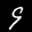
Label: 9